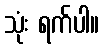
သုံး ရက်ပါ။